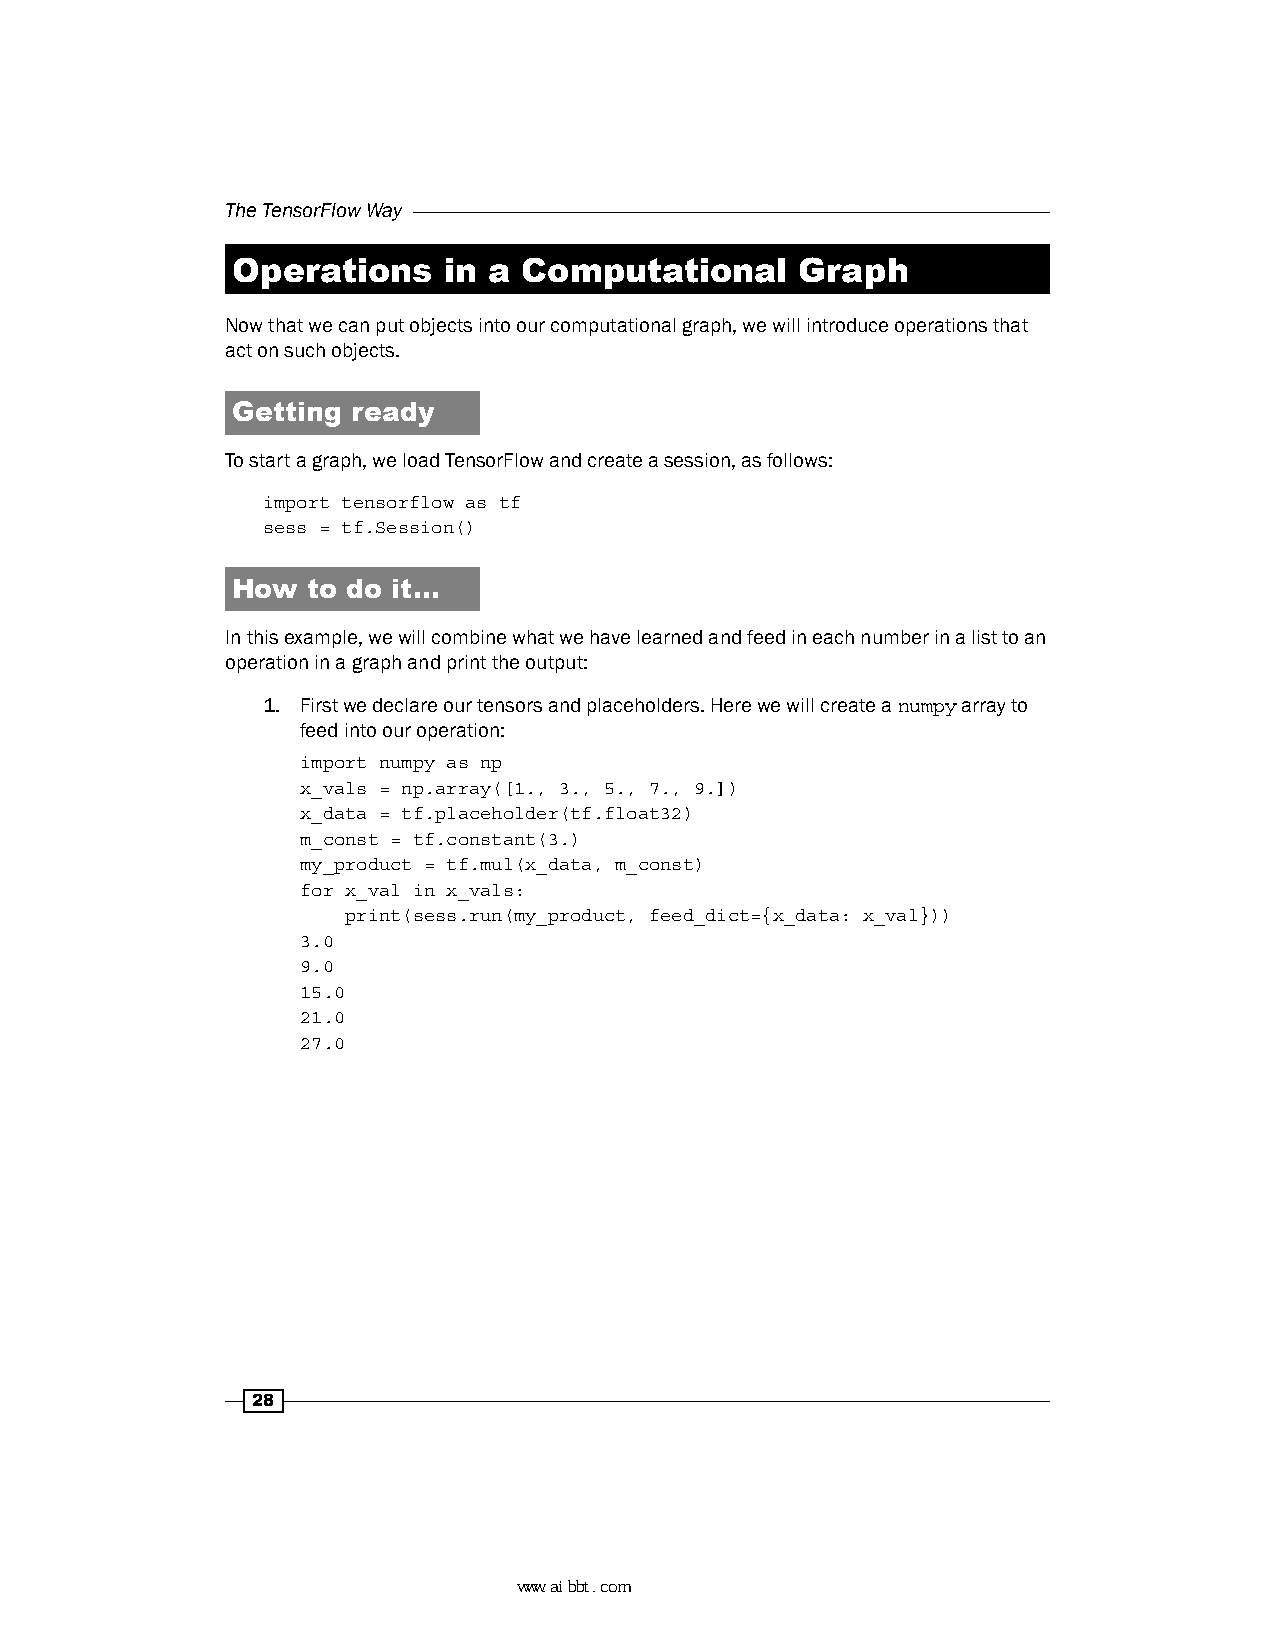
The TensorFlow Way
 Operations    in a  Computational     Graph
 Now that we can put objects into our computational graph, we will introduce operations that
 act on such objects.
 Getting ready
 To start a graph, we load TensorFlow and create a session, as follows:
 import tensorflow as tf
 sess = tf.Session()
 How  to do it…
 In this example, we will combine what we have learned and feed in each number in a list to an
 operation in a graph and print the output:
 1. First we declare our tensors and placeholders. Here we will create a numpy array to
 feed into our operation:
 import numpy as np
 x_vals = np.array([1., 3., 5., 7., 9.])
 x_data = tf.placeholder(tf.float32)
 m_const = tf.constant(3.)
 my_product = tf.mul(x_data, m_const)
 for x_val in x_vals:
 print(sess.run(my_product, feed_dict={x_data: x_val}))
 3.0
 9.0
 15.0
 21.0
 27.0
 28
 www.aibbt.com 让未来触手可及